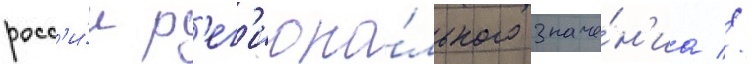
росс'и́и р'ег'иона́льного значе́н'иа //